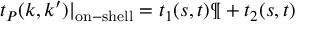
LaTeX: t _ { P } ( k , k ^ { \prime } ) | _ { \mathrm { o n - s h e l l } } = t _ { 1 } ( s , t ) \P + t _ { 2 } ( s , t )